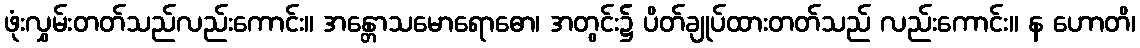
ဖုံးလွှမ်းတတ်သည်လည်းကောင်း။ အန္တောသမောရောဓော၊ အတွင်း၌ ပိတ်ချုပ်ထားတတ်သည် လည်းကောင်း။ န ဟောတိ၊